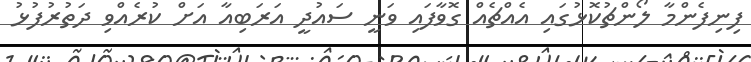
ފިނިފެންމާ ލޯންޗުކޮޅުގައި އެއްޗެއް ގޮވާފައި ވަނީ ސައުދީ އަރަބިއާ އަށް ކުރެއްވި ދަތުރުފުޅު